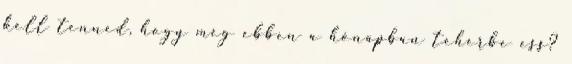
kell tenned, hogy még ebben a hónapban teherbe ess?